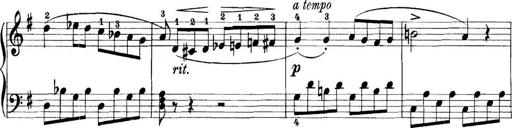
Title: 11 Sonatinas
Composer: Anton Diabelli